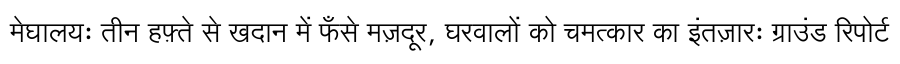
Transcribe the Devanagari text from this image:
मेघालयः तीन हफ़्ते से खदान में फँसे मज़दूर, घरवालों को चमत्कार का इंतज़ारः ग्राउंड रिपोर्ट